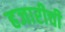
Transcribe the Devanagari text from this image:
हजारीची